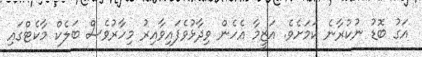
އަގު ބޮޑު ނުކުރާނެ ކަމަށެވެ. އަޒީމާ އެހެން ވިދާޅުވެފައިވާއިރު މިހާރުވެސް ބަލެކް މާކެޓްގައި